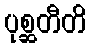
ပုစ္ဆတီတိ